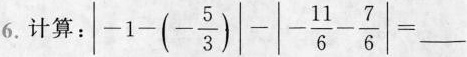
6.计算： $$|-1-(- \frac{5}{3})|-|- \frac{11}{6}- \frac{7}{6}|=___$$